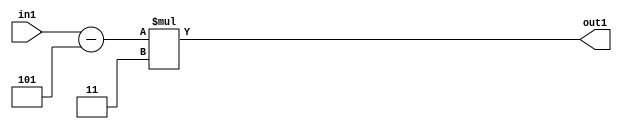
`timescale 1ps / 1ps
/*****************************************************************************
    Verilog RTL Description
    
    
    Created by: Stratus DpOpt 21.05.01 
*******************************************************************************/

module SobelFilter_Mul2i3Subi5s6_4 (
	in1,
	out1
	); /* architecture "behavioural" */ 
input [5:0] in1;
output [5:0] out1;
wire [5:0] asc001,
	asc002;

assign asc002 = 
	+(in1)
	-(6'B000101);

assign asc001 = 
	+(asc002 * 6'B000011);

assign out1 = asc001;
endmodule

/* CADENCE  ubL3TAo= : u9/ySxbfrwZIxEzHVQQV8Q== ** DO NOT EDIT THIS LINE ******/